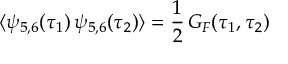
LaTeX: E ( R ) = E _ { 0 } + \sum _ { n = - \infty , n \not = 0 } ^ { + \infty } E _ { n } = E _ { 0 } + 2 \sum _ { n = 1 } ^ { \infty } E _ { n } .